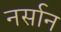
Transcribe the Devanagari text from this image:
नर्सान